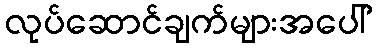
လုပ်ဆောင်ချက်များအပေါ်